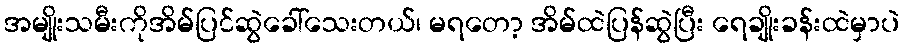
အမျိုးသမီးကိုအိမ်ပြင်ဆွဲခေါ်သေးတယ်၊ မရတော့ အိမ်ထဲပြန်ဆွဲပြီး ရေချိုးခန်းထဲမှာပဲ